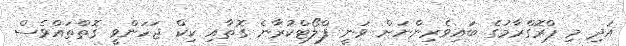
އަދި މި ޕްރޮގްރާމުގެ ބައިވެރިންނަށް ވަނީ ފްލޯޓްކުރާނެ ގޮތާއި ކިކް ޖަހަންވީ ގޮތްތައްވެސް